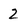
Character: 2